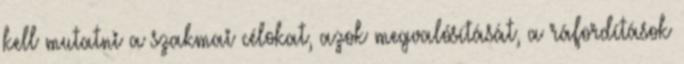
kell mutatni a szakmai célokat, azok megvalósítását, a ráfordítások